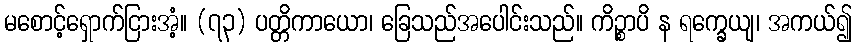
မစောင့်ရှောက်ငြားအံ့။ (၇၃) ပတ္တိကာယော၊ ခြေသည်အပေါင်းသည်။ ကိဉ္စာပိ န ရက္ခေယျ၊ အကယ်၍